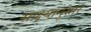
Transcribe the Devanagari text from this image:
साक्ष्यानुसार